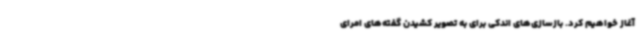
آغاز خواهیم کرد. بازسازی‌های اندکی برای به تصویر کشیدن گفته‌های امرای